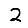
Digit: 2